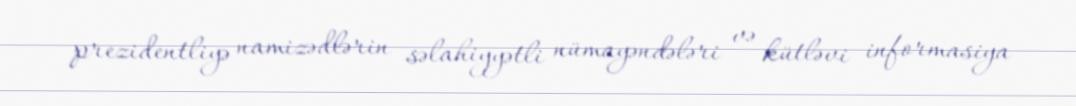
prezidentliyə namizədlərin səlahiyyətli nümayəndələri və kütləvi informasiya